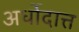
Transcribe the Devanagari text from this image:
अर्धोदात्त